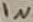
Text: IN